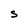
Character: S